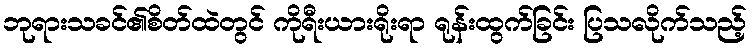
ဘုရားသခင်၏စိတ်ထဲတွင် ကိုရီးယားရိုးရာ ရုန်းထွက်ခြင်း ပြသလိုက်သည့်